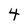
Character: 4